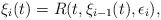
LaTeX: \begin{align*}\xi_i(t)=R(t, \xi_{i-1}(t), \epsilon_i), \end{align*}